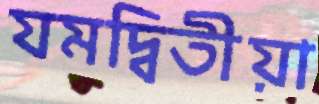
যমদ্বিতীয়া